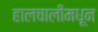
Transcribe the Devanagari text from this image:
हालचालींमधून